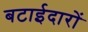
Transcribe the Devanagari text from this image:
बटाईदारों